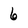
Character: 6